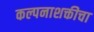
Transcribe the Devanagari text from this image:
कल्पनाशक्तीचा